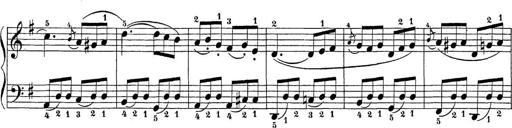
Title: Sonatina Album
Composer: Louis KÃ¶hler